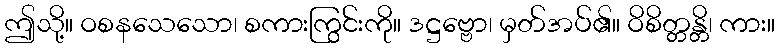
ဤသို့။ ဝစနသေသော၊ စကားကြွင်းကို။ ဒဋ္ဌဗ္ဗော၊ မှတ်အပ်၏။ ဝိစိတ္တန္တိ၊ ကား။